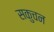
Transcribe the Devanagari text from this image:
सकुचन